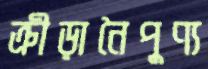
ক্রীড়ানৈপুণ্য